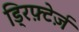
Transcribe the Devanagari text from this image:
ड्रिफ़्टेर्ज़